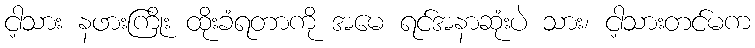
ငါ့သား နဖားကြိုး ထိုးခံရတာကို အမေ ရင်အနာဆုံးပဲ သား၊ ငါ့သားတင်မက